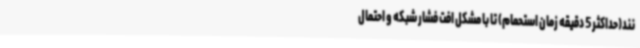
نند(حداکثر 5 دقیقه زمان استحمام) تا با مشکل افت فشار شبکه و احتمال